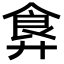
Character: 𩚇